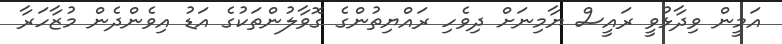
އަމީން ވިދާޅުވީ ރައީސް ޔާމިނަށް ދިވެހި ރައްޔިތުންގެ ގޮވާލުންތަކުގެ އަޑު އިވެންދެން މުޒާހަރާ